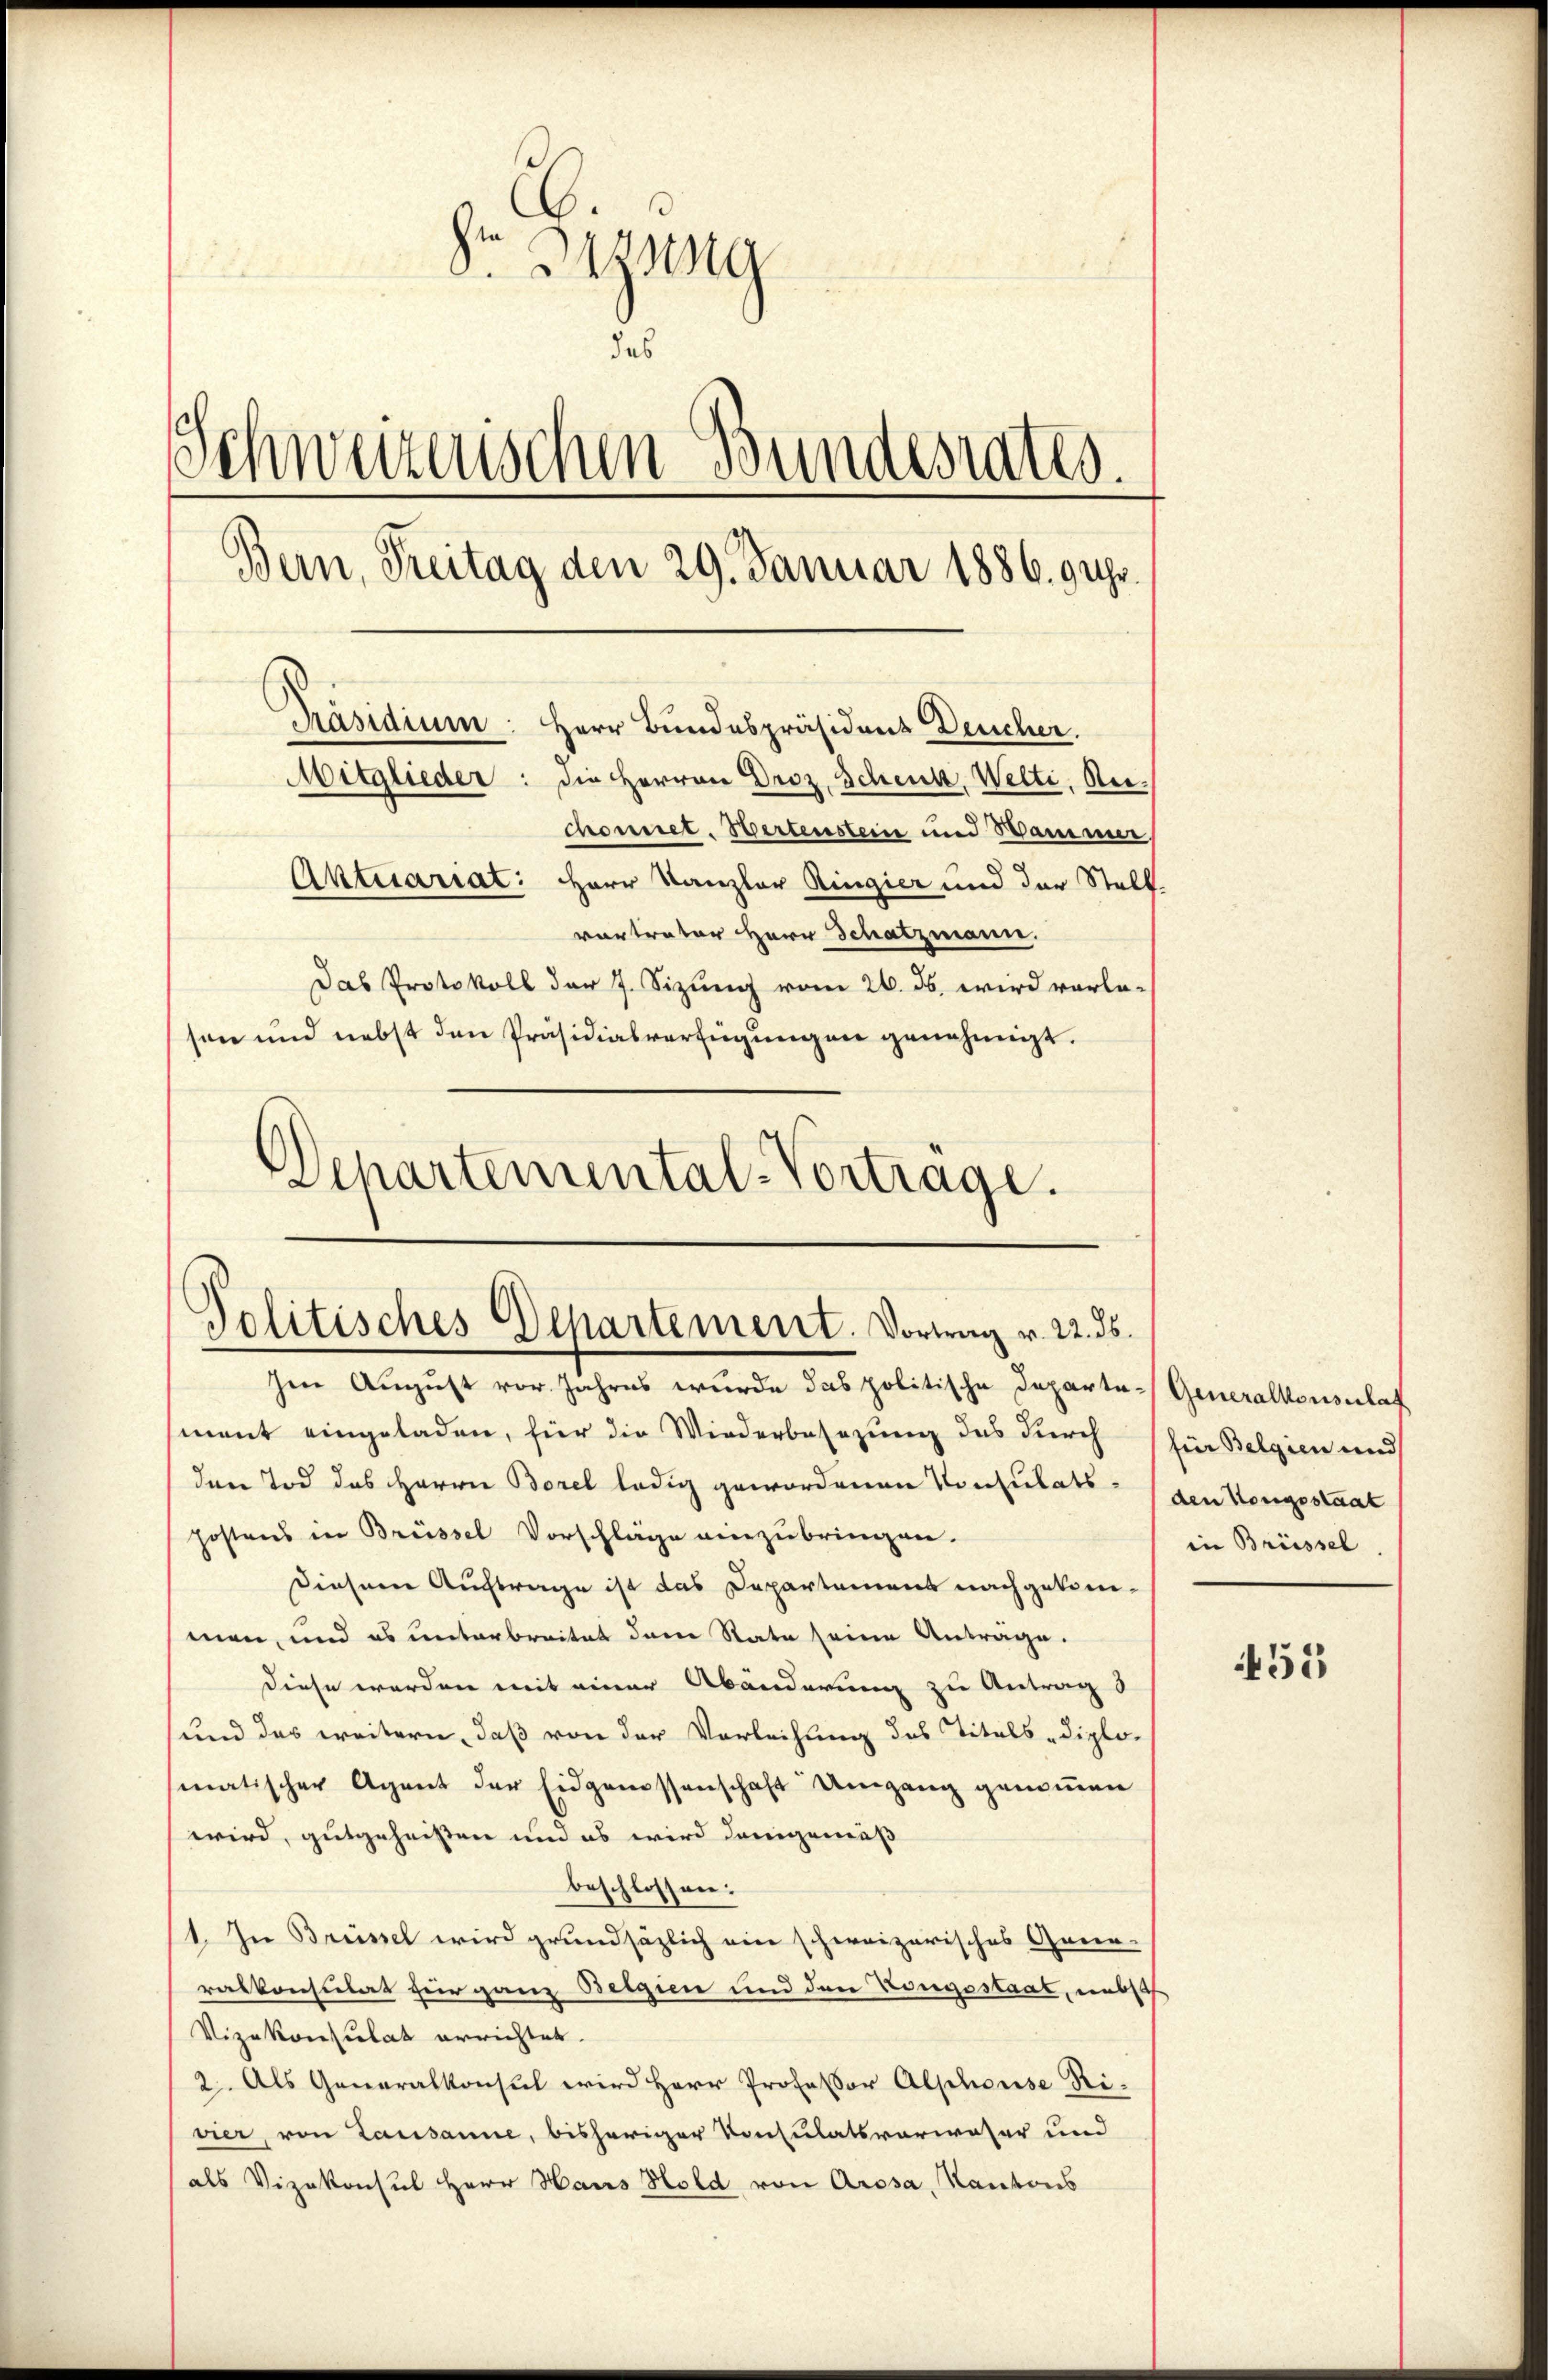
Sr Bezug
das
Schweizerischen Bundesrates.
6
Bern, Freitag den 29. Januar 1886. 9 Uhr.
Präsidium: Herr Bundespräsident Deucher.
Mitglieder: die Herren Droz. Schenk, Welti, Rechonnet. Wertenstein und Sammer,
Aktuariat: Herr Kanzler Ringier und der Stell
vortrater Herr Schatzmann.
Das Protokoll der J. Sizung vom 26. ds. wird vorleson und nebst den Präsidialverfügungen genehmigt.

Departemental-Vortrage.

Politisches Departement. Vortrag v. 22. ds.

hen August vor Jahres wurde das politische Departe- Generalkonsulat
ment eingeladen, für die Wiederbesezung des durch für Belgien und
den Tod des Herrn Borel ledig gewordenen Konsulats- (den Kongsstaat
postens in Brüssel Vorschläge einzubringen.
diesem Auftrage ist das Departemens nachgekommen, und es unterbreitet dem Rate seine Anträge.
diese werden mit einer Abänderung zu Antrag
und das weitern, daß von der Vorleihung des Titels-Diplo-
matischer Agent der Eidgenossenschaft Umgang genommen
wird, gutgeheißen und es wird demgemäß
beschlossen:
1. In Brüssel wird grundsätzlich eine schweizerisches Gren-
ralkonsulat zur ganz Belgien und der Kongsstaat, unbeh
Vizekonsulat errichtet.
2. Als Generalkonsul wird Herr Professor Alphouse Rivier, von Lausanne, bisheriger Konsulatsverwaser und
als Vizekonsul Herr Haus Hold von Arosa, Kantons

in Brüssel

455